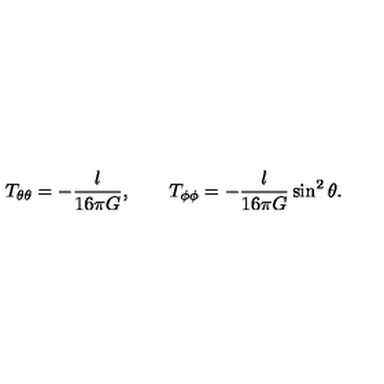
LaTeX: T _ { \theta \theta } = - \frac { l } { 1 6 \pi G } , \qquad T _ { \phi \phi } = - \frac { l } { 1 6 \pi G } \sin ^ { 2 } \theta .